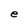
Character: e